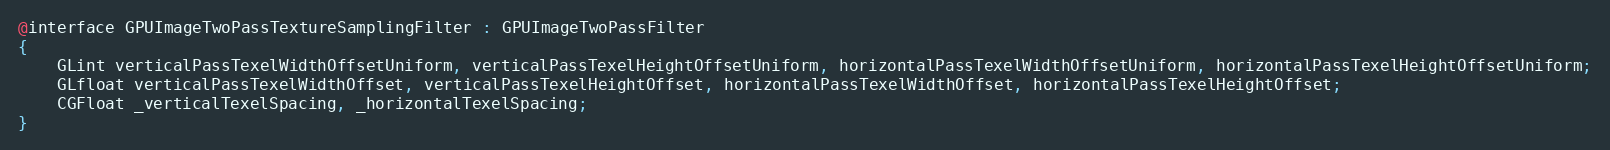
Language: C
@interface GPUImageTwoPassTextureSamplingFilter : GPUImageTwoPassFilter
{
    GLint verticalPassTexelWidthOffsetUniform, verticalPassTexelHeightOffsetUniform, horizontalPassTexelWidthOffsetUniform, horizontalPassTexelHeightOffsetUniform;
    GLfloat verticalPassTexelWidthOffset, verticalPassTexelHeightOffset, horizontalPassTexelWidthOffset, horizontalPassTexelHeightOffset;
    CGFloat _verticalTexelSpacing, _horizontalTexelSpacing;
}